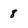
Character: 8